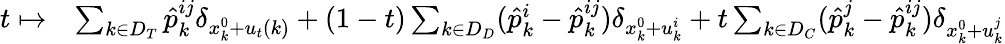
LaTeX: \begin{array}{rl}{t\mapsto}&{\sum_{k\in D_{T}}\hat{p}_{k}^{ij}\delta_{x_{k}^{0}+u_{t}(k)}+(1-t)\sum_{k\in D_{D}}(\hat{p}_{k}^{i}-\hat{p}_{k}^{ij})\delta_{x_{k}^{0}+u_{k}^{i}}+t\sum_{k\in D_{C}}(\hat{p}_{k}^{j}-\hat{p}_{k}^{ij})\delta_{x_{k}^{0}+u_{k}^{j}}}\end{array}